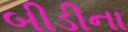
બીડીના